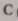
C